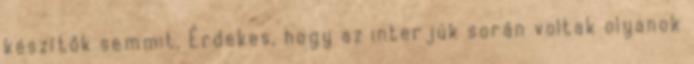
készítők semmit. Érdekes, hogy az interjúk során voltak olyanok